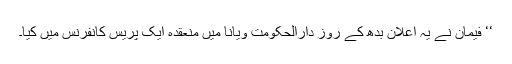
‘‘ فيمان نے يہ اعلان بدھ کے روز دارالحکومت ويانا ميں منعقدہ ايک پريس کانفرنس ميں کيا۔